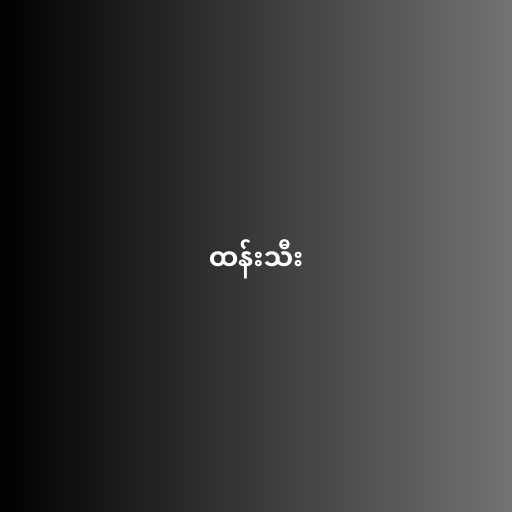
ထန်းသီး